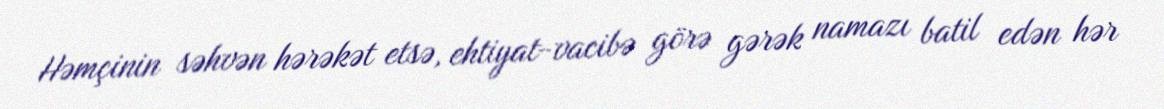
Həmçinin səhvən hərəkət etsə, ehtiyat-vacibə görə gərək namazı batil edən hər